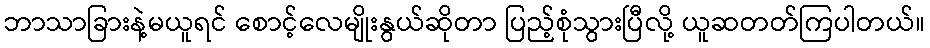
ဘာသာခြားနဲ့မယူရင် စောင့်လေမျိုးနွယ်ဆိုတာ ပြည့်စုံသွားပြီလို့ ယူဆတတ်ကြပါတယ်။